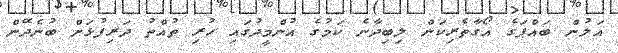
އަލުން ބައްޕަގެ އޯގާތެރިކަން ލިބިދާނެ ކަމުގެ އުންމީދުގައި ހުރި ތުއްތު ދަރިފުޅަށް ބުނެދޭން